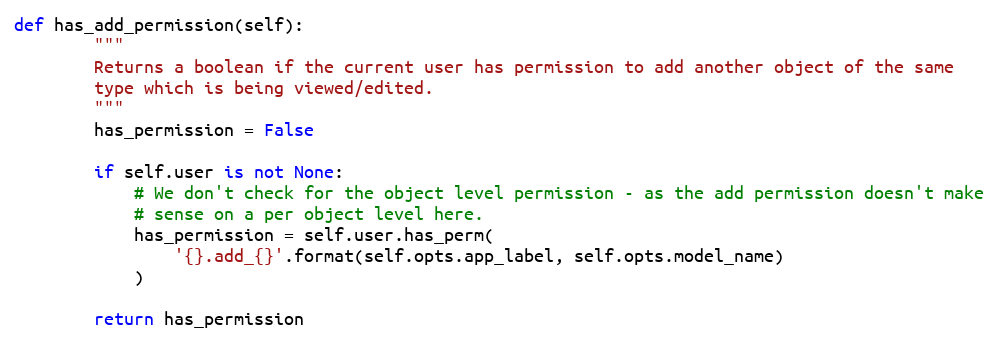
Language: Python
def has_add_permission(self):
        """
        Returns a boolean if the current user has permission to add another object of the same
        type which is being viewed/edited.
        """
        has_permission = False

        if self.user is not None:
            # We don't check for the object level permission - as the add permission doesn't make
            # sense on a per object level here.
            has_permission = self.user.has_perm(
                '{}.add_{}'.format(self.opts.app_label, self.opts.model_name)
            )

        return has_permission